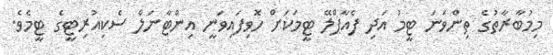
މިމުބާރާތުގެ ތިންވަނަ ޓީމު އަދި ފެއާޕްލޭ ޓީމަކަށް ހޮވިފައިވަނީ އިންޓާނަލް ސެކިއުރިޓީގެ ޓީމެވެ.